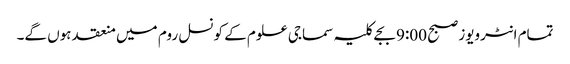
تمام انٹرویوز صبح 9:00 بجے کلیہ سماجی علوم کے کونسل روم میں منعقد ہوں گے۔